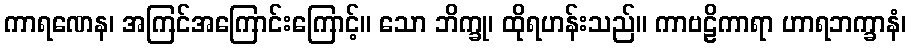
ကာရဏေန၊ အကြင်အကြောင်းကြောင့်။ သော ဘိက္ခု၊ ထိုရဟန်းသည်။ ကာဗဠိကာရာ ဟာရဘက္ခာနံ၊